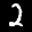
Label: 2